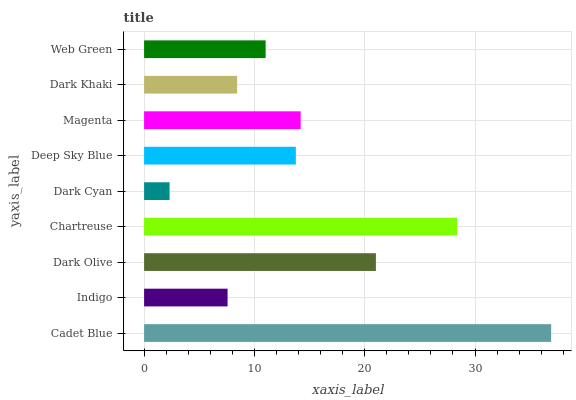
| yaxis_label | bars |
 | --- | --- |
 | Cadet Blue | 36.9 |
 | Indigo | 7.57 |
 | Dark Olive | 21 |
 | Chartreuse | 28.4 |
 | Dark Cyan | 2.31 |
 | Deep Sky Blue | 13.8 |
 | Magenta | 14.2 |
 | Dark Khaki | 8.44 |
 | Web Green | 11 |